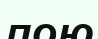
пою